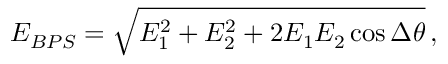
E _ { B P S } = \sqrt { E _ { 1 } ^ { 2 } + E _ { 2 } ^ { 2 } + 2 E _ { 1 } E _ { 2 } \cos \Delta \theta } \, ,